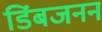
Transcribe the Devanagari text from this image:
डिंबजनन